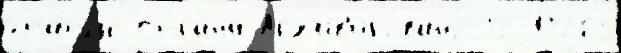
статью Страна́ Арх'ив'и́ровано 12381263